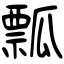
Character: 瓢